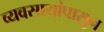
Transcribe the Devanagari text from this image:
व्यवसायांपासून